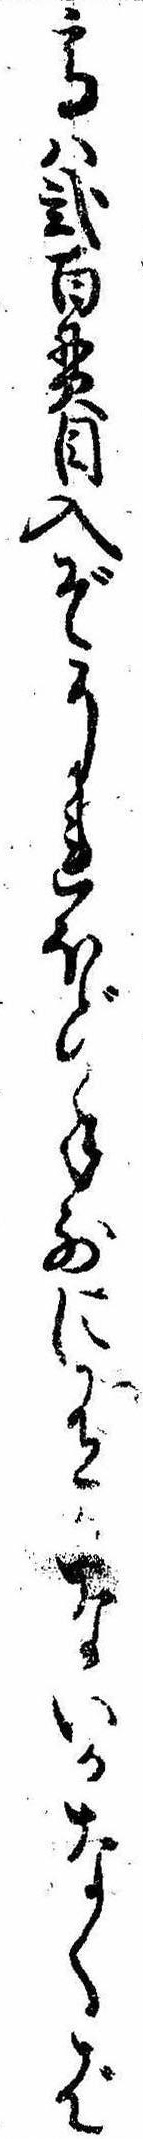
高は弐百貫目入ぞそれほど手前に有ないかなくば